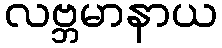
လဗ္ဘမာနာယ